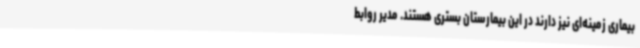
بیماری زمینه‌ای نیز دارند در این بیمارستان بستری هستند. مدیر روابط